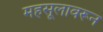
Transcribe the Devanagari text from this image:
महसूलावरून